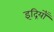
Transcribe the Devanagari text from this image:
इंद्रियोँ